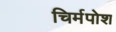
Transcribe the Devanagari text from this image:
चिर्मपोश